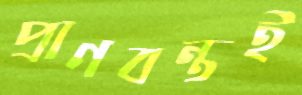
প্রাণবন্তই